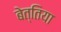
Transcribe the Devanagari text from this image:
बेत्तिया